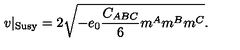
v | _ { \mathrm { S u s y } } = 2 \sqrt { - e _ { 0 } { \frac { C _ { A B C } } { 6 } } m ^ { A } m ^ { B } m ^ { C } } .